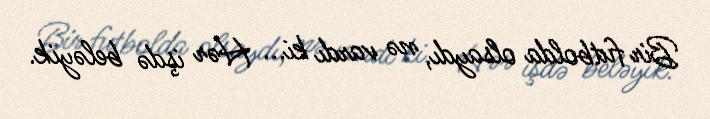
Bir futbolda olsaydı, nə vardı ki... Hər işdə beləyik.